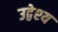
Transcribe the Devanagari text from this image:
उद्वेश्‍य